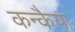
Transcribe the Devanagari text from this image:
कन्कैया